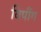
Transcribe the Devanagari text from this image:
बिपींग